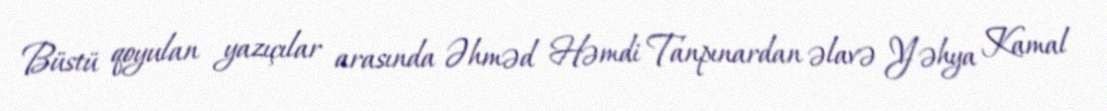
Büstü qoyulan yazıçılar arasında Əhməd Həmdi Tanpınardan əlavə Yəhya Kamal